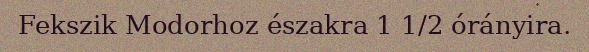
Fekszik Modorhoz északra 1 1/2 órányira.